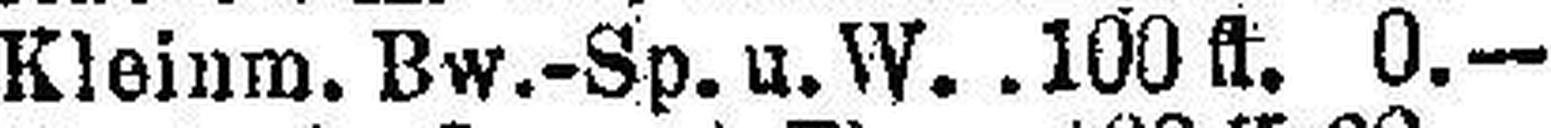
Kleinm. Bw.-Sp.u.W. 100 fl. 0.—